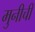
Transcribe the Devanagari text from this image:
मुनीची